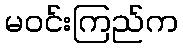
မဝင်းကြည်က